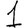
Digit: 1